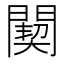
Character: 䦬